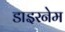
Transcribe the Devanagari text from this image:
डाइरनेम